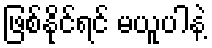
ဖြစ်နိုင်ရင် မယူပါနဲ့